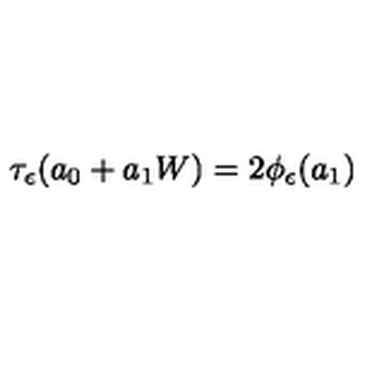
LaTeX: \tau _ { \epsilon } ( a _ { 0 } + a _ { 1 } W ) = 2 \phi _ { \epsilon } ( a _ { 1 } )